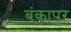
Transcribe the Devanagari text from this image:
बंकापुर